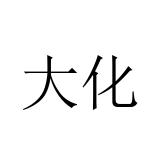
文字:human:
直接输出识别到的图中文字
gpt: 大化